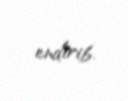
endirib.